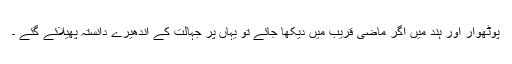
پوٹھوار اور ہند میں اگر ماضی قریب میں دیکھا جائے تو یہاں پر جہالت کے اندھیرے دانستہ پھیلائے گئے ۔